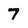
Character: 7